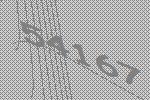
54167